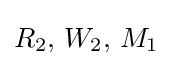
R_{2},\,W_{2},\,M_{1}